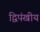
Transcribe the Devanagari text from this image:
द्विपंखीय